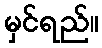
မှင်ရည်။